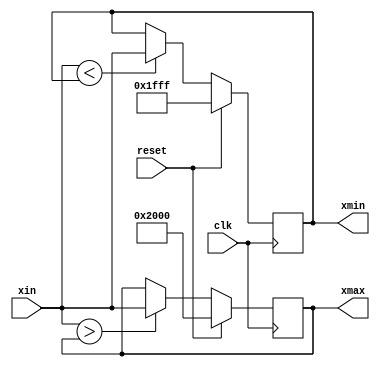
`timescale 1ns / 1ns

module minmax(clk,xin,reset,xmin,xmax);
parameter width=14;

	input clk;
	input signed [width-1:0] xin;
	input reset;
	output signed [width-1:0] xmin;
	output signed [width-1:0] xmax;

reg signed [width-1:0] xmin_r={width{1'b1}};
reg signed [width-1:0] xmax_r={width{1'b0}};
wire signed [width-1:0] max_plus = {1'b0,{(width-1){1'b1}}};
always @ (posedge clk) begin
	xmax_r <= reset ? (~max_plus) : (xin>xmax_r) ? xin : xmax_r;
	xmin_r <= reset ? ( max_plus) : (xin<xmin_r) ? xin : xmin_r;
end
assign xmax = xmax_r;
assign xmin = xmin_r;

endmodule